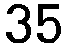
35